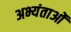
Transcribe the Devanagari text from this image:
अभ्यंताओं